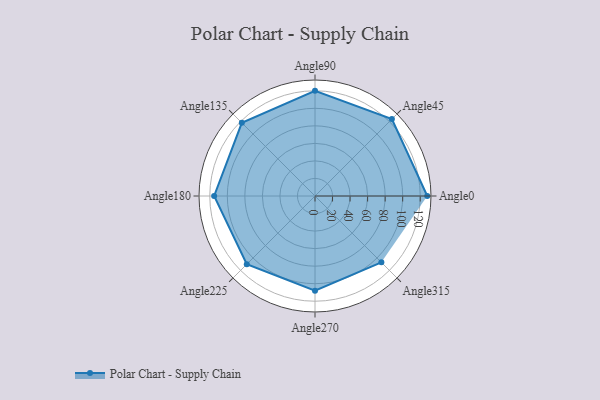
{"axis": {"x": "Angle", "y": "Radius"}, "legend": [""], "data": [{"x": "Angle0", "y": 128.0, "type": ""}, {"x": "Angle45", "y": 124.0, "type": ""}, {"x": "Angle90", "y": 120.0, "type": ""}, {"x": "Angle135", "y": 118.0, "type": ""}, {"x": "Angle180", "y": 115.0, "type": ""}, {"x": "Angle225", "y": 110.0, "type": ""}, {"x": "Angle270", "y": 108.0, "type": ""}, {"x": "Angle315", "y": 107.0, "type": ""}]}